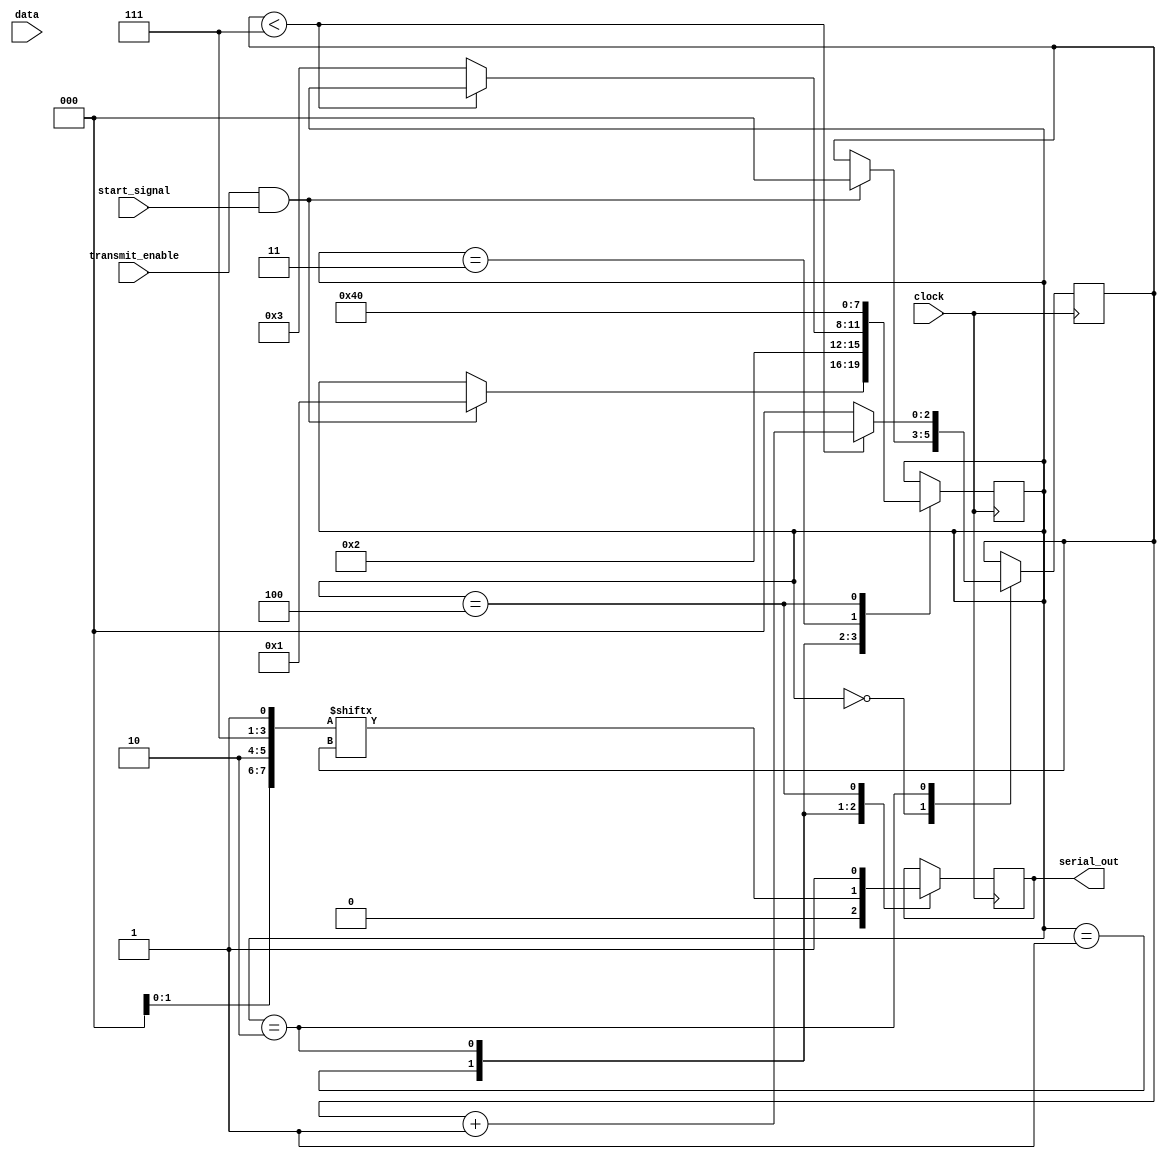
module UART_transmitter (
    input data,
    input clock,
    input start_signal,
    input transmit_enable,
    output serial_out
);

reg [7:0] data_reg;
reg [3:0] state_reg;
reg [2:0] bit_counter;

parameter IDLE_STATE = 4'd0;
parameter START_BIT_STATE = 4'd1;
parameter DATA_BIT_STATE = 4'd2;
parameter PARITY_BIT_STATE = 4'd3;
parameter STOP_BIT_STATE = 4'd4;

always @ (posedge clock) begin
    case (state_reg)
        IDLE_STATE: begin
            if (transmit_enable && start_signal) begin
                state_reg <= START_BIT_STATE;
                bit_counter <= 0;
            end
        end
        START_BIT_STATE: begin
            serial_out <= 0;
            state_reg <= DATA_BIT_STATE;
        end
        DATA_BIT_STATE: begin
            serial_out <= data_reg[bit_counter];
            if (bit_counter < 7) begin
                bit_counter <= bit_counter + 1;
            end else begin
                state_reg <= PARITY_BIT_STATE;
                bit_counter <= 0;
            end
        end
        PARITY_BIT_STATE: begin
            // Implement parity bit transmission if applicable
            state_reg <= STOP_BIT_STATE;
        end
        STOP_BIT_STATE: begin
            serial_out <= 1;
            state_reg <= IDLE_STATE;
        end
    endcase
end

endmodule